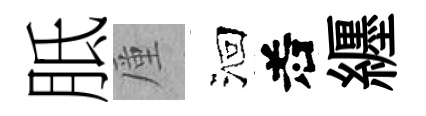
胝厪洄𠰥纒